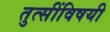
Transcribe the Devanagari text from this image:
तुत्‍सींविषयी